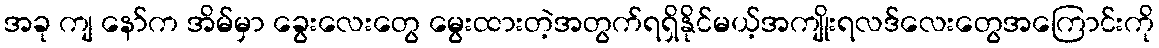
အခု ကျ နော်က အိမ်မှာ ခွေးလေးတွေ မွေးထားတဲ့အတွက်ရရှိနိုင်မယ့်အကျိုးရလဒ်လေးတွေအကြောင်းကို